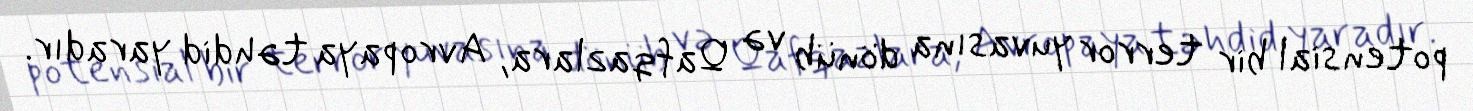
potensial bir terror yuvasına dönüb və Qafqazlara, Avropaya təhdid yaradır.